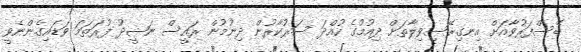
ބޭސްފަރުވާއަށް އިނގިރޭސިވިލާތަށް ދިއުމުގެ ހުއްދަ ސަރުކާރުން ދިނުމުން ރައީސް ނަޝީދު ފުރަތަމަ ވަޑައިގެންނެވީ